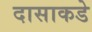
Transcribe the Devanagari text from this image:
दासाकडे